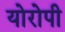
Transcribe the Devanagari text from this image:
योरोपी